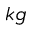
k g